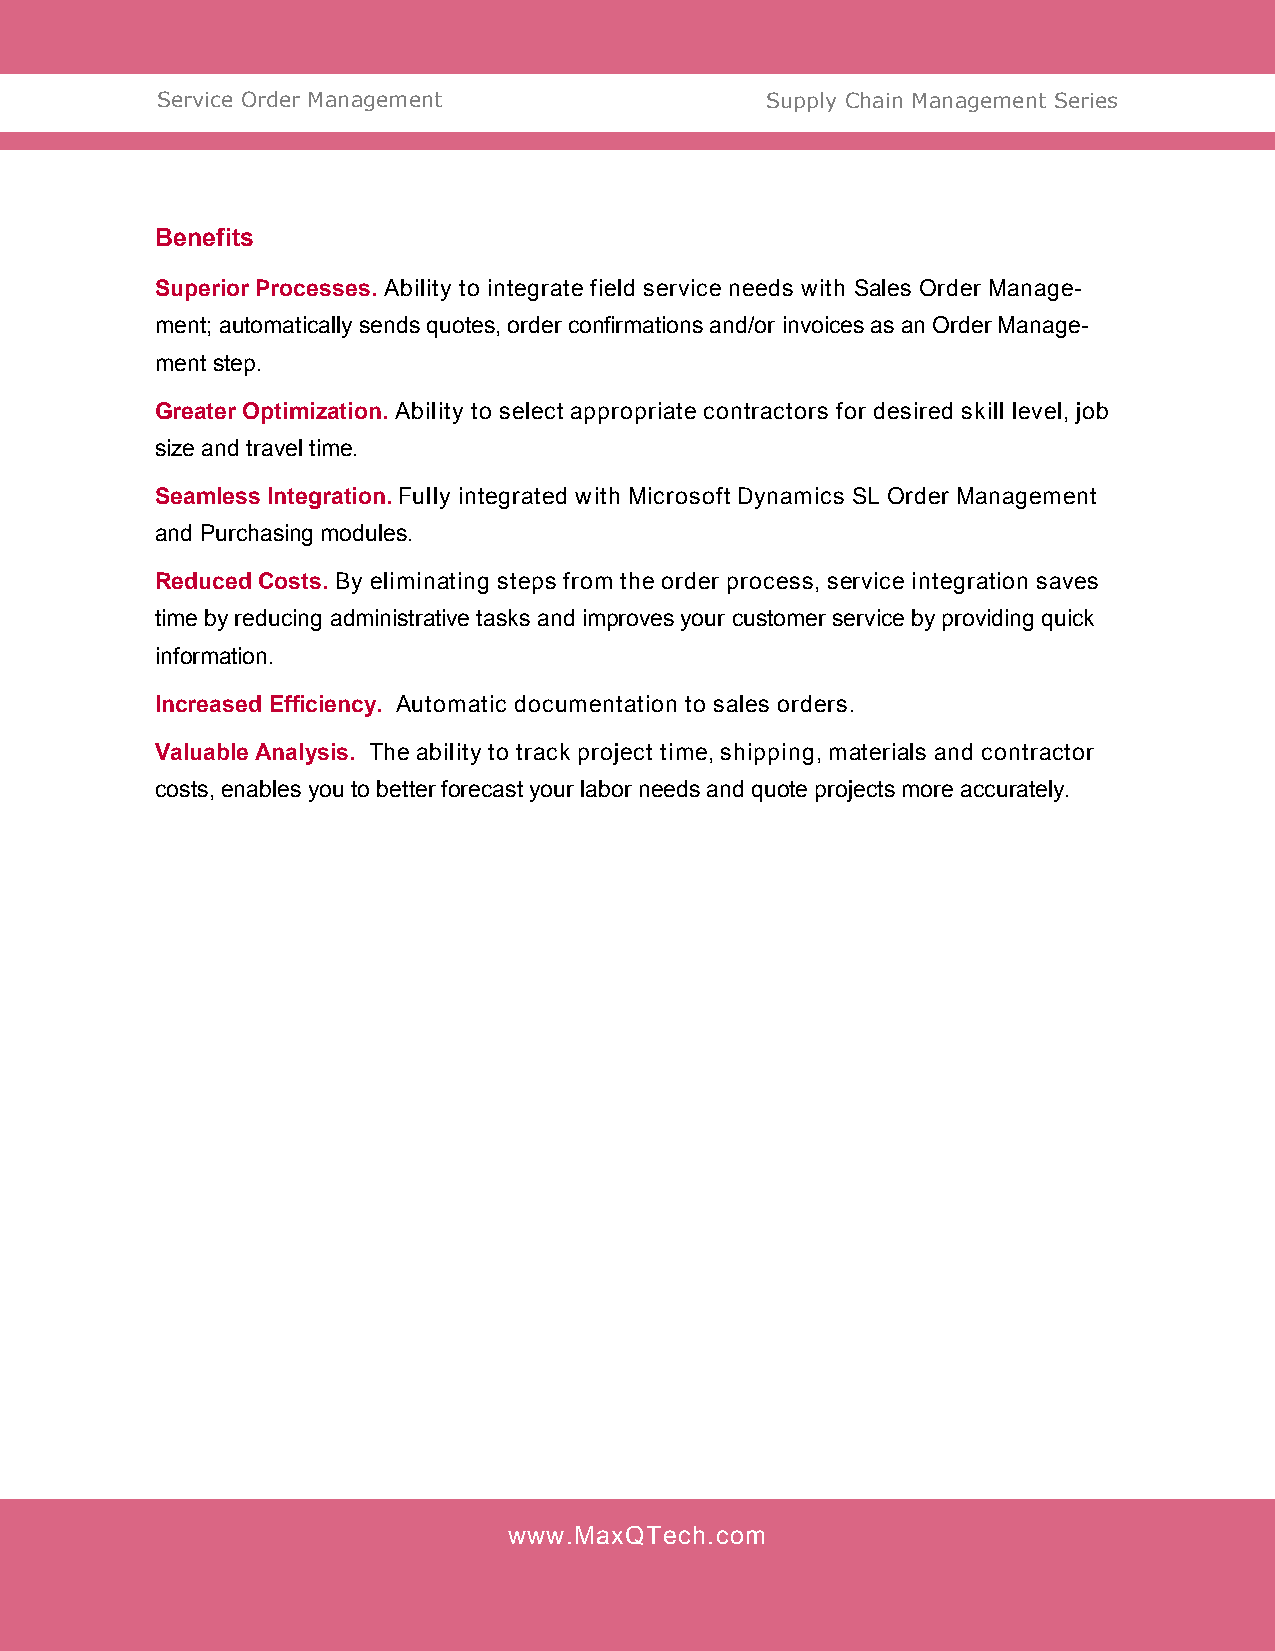
Service Order Management                 Supply Chain Management Series
 Benefits
 Superior Processes. Ability to integrate field service needs with Sales Order Manage-
 ment; automatically sends quotes, order confirmations and/or invoices as an Order Manage-
 ment step.
 Greater Optimization. Ability to select appropriate contractors for desired skill level, job
 size and travel time.
 Seamless Integration. Fully integrated with Microsoft Dynamics SL Order Management
 and Purchasing modules.
 Reduced Costs. By eliminating steps from the order process, service integration saves
 time by reducing administrative tasks and improves your customer service by providing quick
 information.
 Increased Efficiency. Automatic documentation to sales orders.
 Valuable Analysis. The ability to track project time, shipping, materials and contractor
 costs, enables you to better forecast your labor needs and quote projects more accurately.
 www.MaxQTech.com